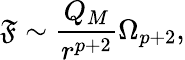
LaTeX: \mathfrak{F}\sim{\frac{{Q_{M}}}{{r^{p+2}}}}\Omega_{p+2},